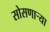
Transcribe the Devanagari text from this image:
सोसणार्‍या